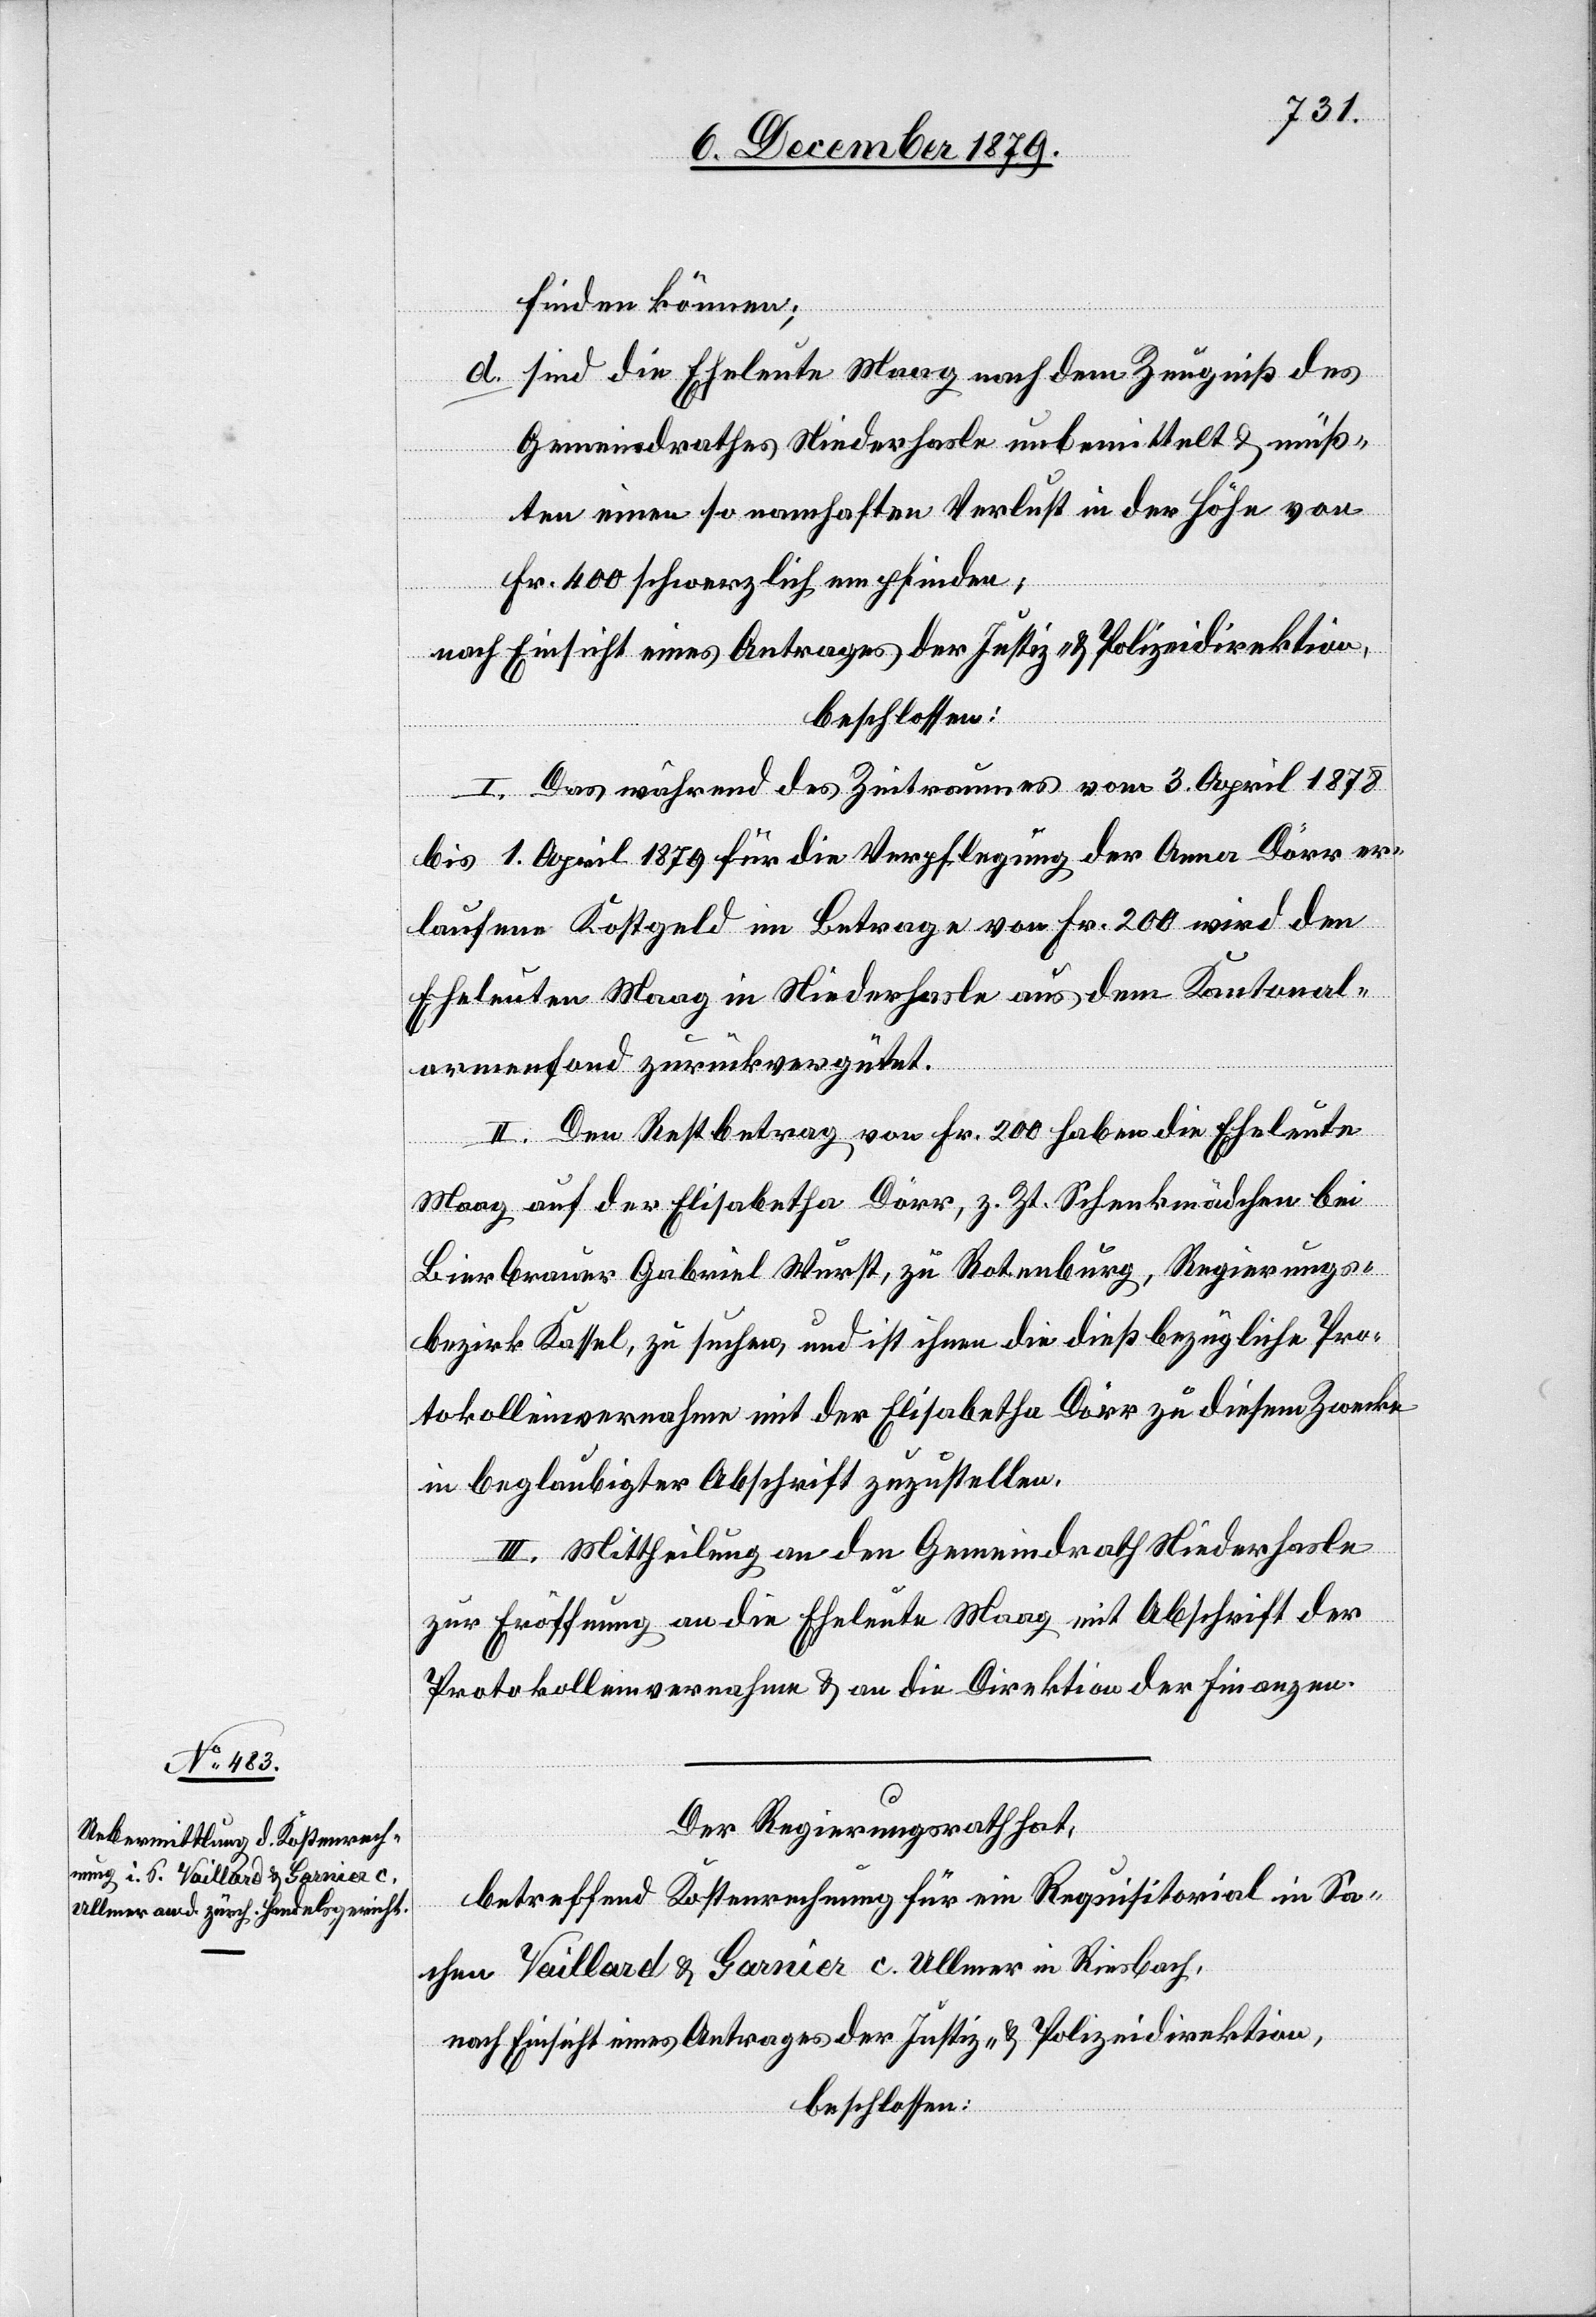
Der Regierungsrath hat,
betreffend Kostenrechnung für ein Requisitorial in Sa¬
chen Vaillard & Garnier c. Ullmer in Riesbach,
nach Einsicht eines Antrages der Justiz- & Polizeidirektion,
beschlossen: